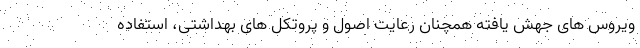
ویروس های جهش یافته همچنان رعایت اصول و پروتکل های بهداشتی، استفاده